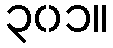
၃၀၁။